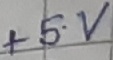
Text: +5V